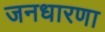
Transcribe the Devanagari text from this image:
जनधारणा